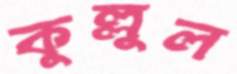
কুল্লুল